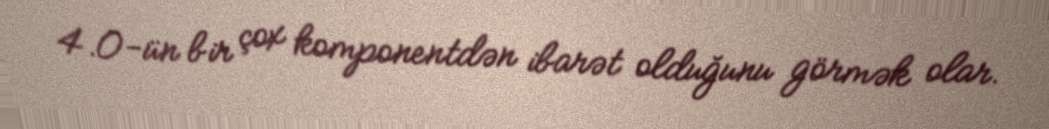
4.0-ün bir çox komponentdən ibarət olduğunu görmək olar.